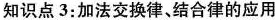
知识点3：加法交换律、结合律的应用